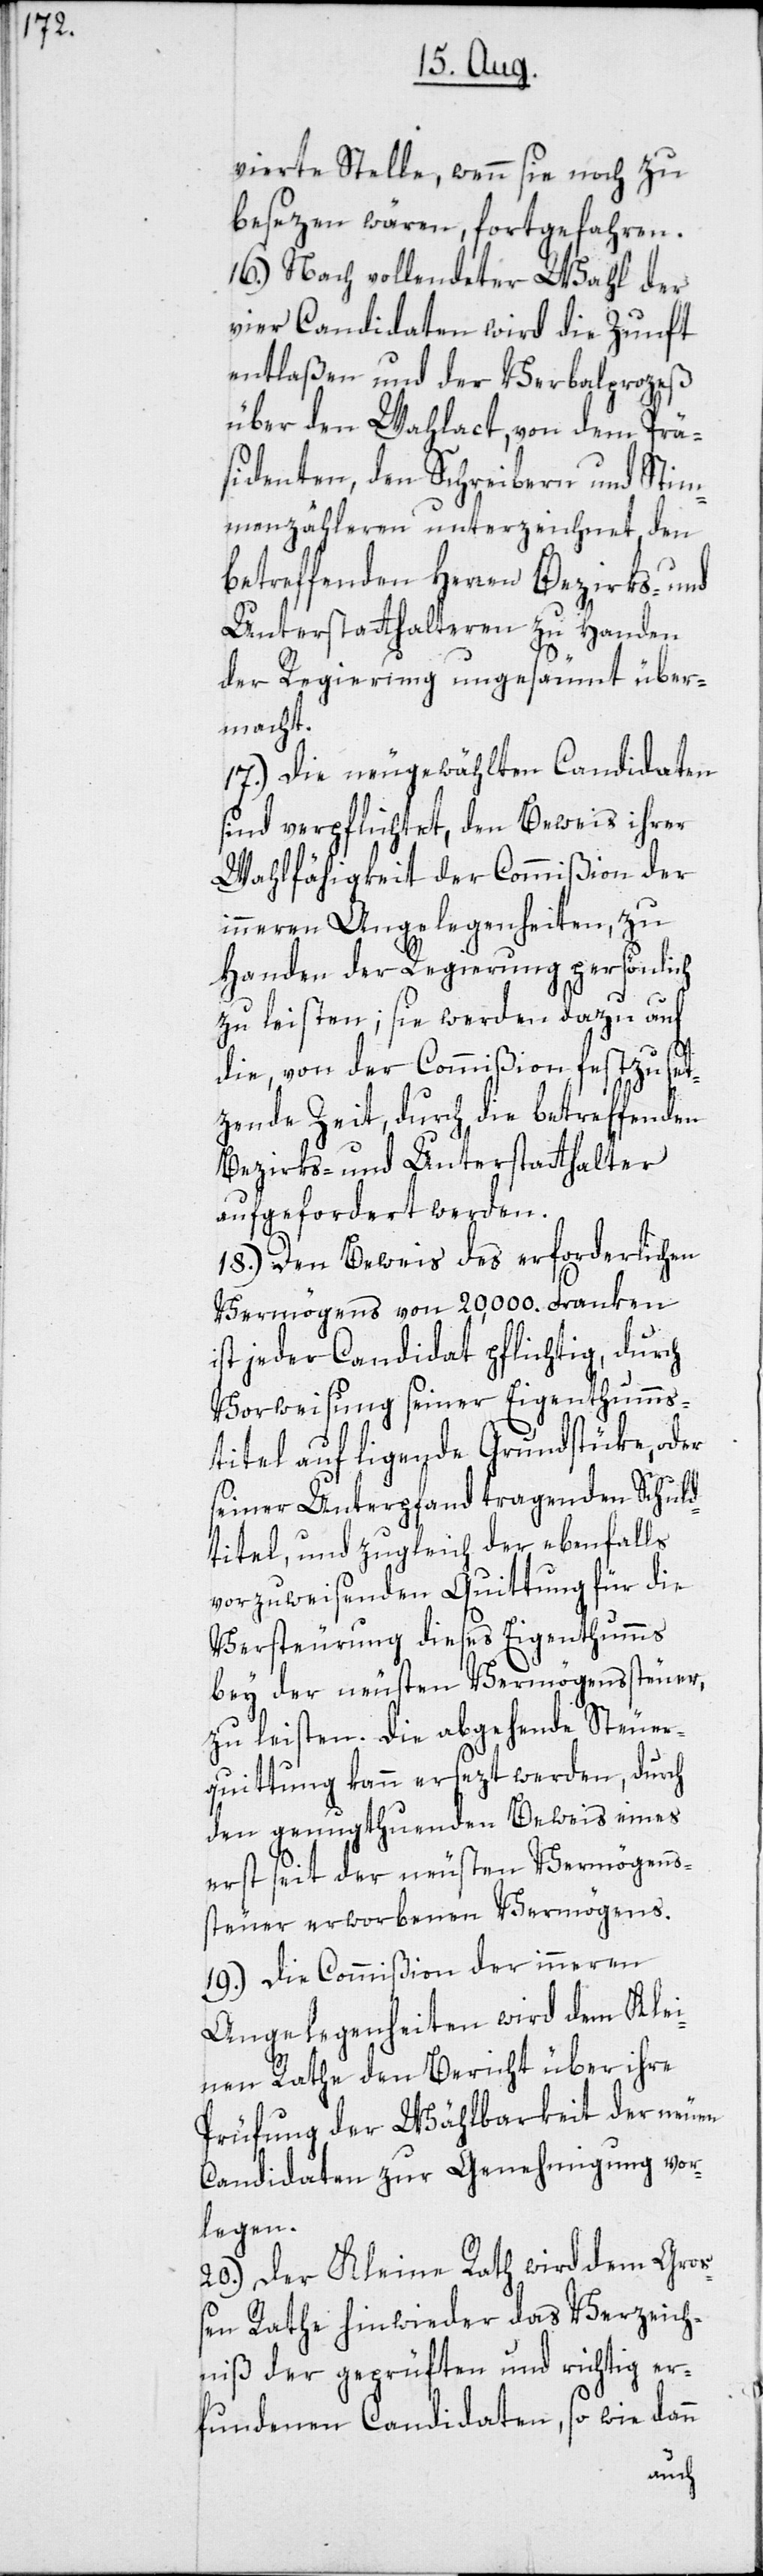
vierte Stelle, wenn sie noch zu
besezen wären, fortgefahren.
16.) Nach vollendeter Wahl der
vier Candidaten wird die Zunft
entlaßen und der Verbalprozeß
über den Wahlact, von dem Prä¬
sidenten, den Schreibern und Stim¬
menzähleren unterzeichnet, den
betreffenden Herren Bezirks- und
Unterstatthalteren zu Handen
der Regierung ungesäumt über¬
macht.
17.) Die neugewählten Candidaten
sind verpflichtet, den Beweis ihrer
Wahlfähigkeit der Commißion der
inneren Angelegenheiten, zu
Handen der Regierung persönlich
zu leisten; sie werden dazu auf
die, von der Commißion festzuset¬
zende Zeit, durch die betreffenden
Bezirks- und Unterstatthalter
aufgefordert werden.
18.) Den Beweis des erforderlichen
Vermögens von 20',000. Franken
ist jeder Candidat pflichtig, durch
Vorweisung seiner Eigenthumms¬
titel auf ligende Grundstüke, oder
seiner Unterpfand tragenden Schuld¬
titel, und zugleich der ebenfalls
vorzuweisenden Quittung für die
Versteurung dieses Eigenthumms
bey der neusten Vermögenssteuer,
zu leisten. Die abgehende Steue¬
rquittung kann ersezt werden, durch
den genugthuenden Beweis eines
erst seit der neusten Vermögens¬
steuer erworbenen Vermögens.
19.) Die Commißion der inneren
Angelegenheiten wird dem Klei¬
nen Rathe den Bericht über ihre
Prüfung der Wählbarkeit der neuen
Candidaten zur Genehmigung vor¬
legen.
20.) Der Kleine Rath wird dem Groß¬
en Rathe hinwieder das Verzeich¬
niß der geprüften und richtig er¬
fundenen Candidaten, so wie dann